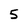
Character: 5